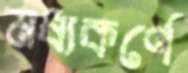
মধ্যকর্ণে